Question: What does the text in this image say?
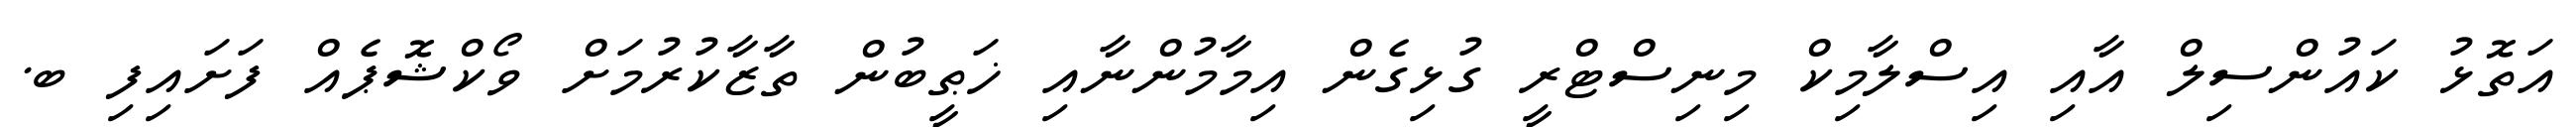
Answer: އަތޮޅު ކައުންސިލް އާއި އިސްލާމިކް މިނިސްޓްރީ ގުޅިގެން އިމާމުންނާއި ޚަޠީބުން ތާޒާކުރުމަށް ވޯކްޝޮޕެއް ފަށައިފި ބ.